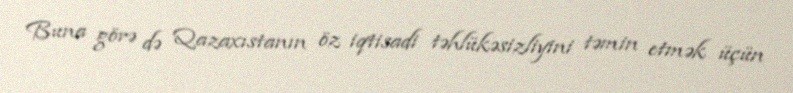
Buna görə də Qazaxıstanın öz iqtisadi təhlükəsizliyini təmin etmək üçün